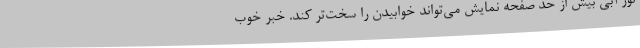
نور آبی بیش از حد صفحه نمایش می‌تواند خوابیدن را سخت‌تر کند. خبر خوب